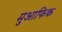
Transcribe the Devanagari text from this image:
मुआफिक